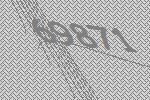
69871